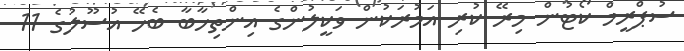
ސުޕްރީމް ކޯޓުން މިރޭ ކުރި އަމުރަކުން ވަކީލުންގެ އިންތިޚާބާ ބެހޭ އުސޫލުގެ 11